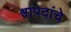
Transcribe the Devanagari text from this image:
श्वापदांचे